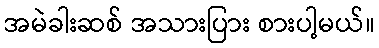
အမဲခါးဆစ် အသားပြား စားပါ့မယ်။